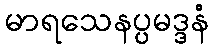
မာရသေနပ္ပမဒ္ဒနံ